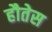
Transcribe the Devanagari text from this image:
हौतेस